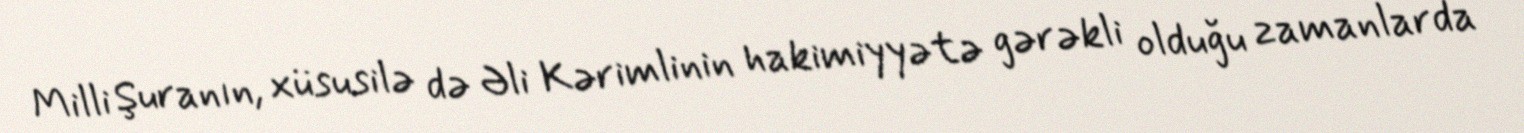
Milli Şuranın, xüsusilə də Əli Kərimlinin hakimiyyətə gərəkli olduğu zamanlarda